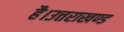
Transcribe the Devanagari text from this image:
है।उत्तराखण्ड